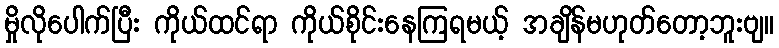
မှိုလိုပေါက်ပြီး ကိုယ်ထင်ရာ ကိုယ်စိုင်းနေကြရမယ့် အချိန်မဟုတ်တော့ဘူးဗျ။